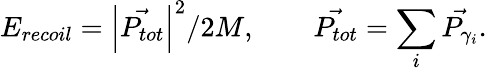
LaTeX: E_{recoil}=\left|\vec{P_{tot}}\right|^{2}/2M,\qquad\vec{P_{tot}}=\sum_{i}\vec{P_{\gamma_{i}}}.